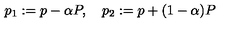
p _ { 1 } : = p - \alpha P , \quad p _ { 2 } : = p + ( 1 - \alpha ) P